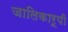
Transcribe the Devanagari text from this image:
जालिकारूपी